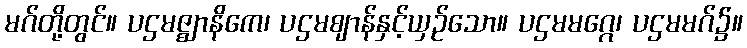
မဂ်တို့တွင်။ ပဌမဇ္ဈာနိကေ၊ ပဌမဈာန်နှင့်ယှဉ်သော။ ပဌမမဂ္ဂေ၊ ပဌမမဂ်၌။